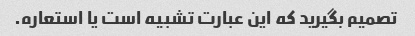
تصمیم بگیرید که این عبارت تشبیه است یا استعاره.